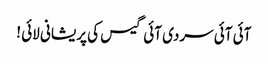
آئی آئی سردی آئی گیس کی پریشانی لائی !